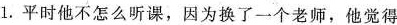
1.平时他不怎么听课，因为换了一个老师，他觉得